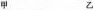
甲 乙